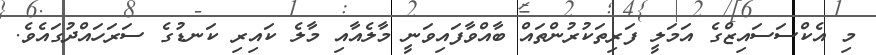
މި އެކްސަސައިޒްގެ އަމަލީ ފަރިތަކުރުންތައް ބާއްވާފައިވަނީ މާލެއާއި މާލެ ކައިރި ކަނޑުގެ ސަރަހައްދުގައެވެ.